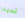
لدينا